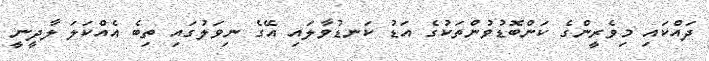
ދައްކައި މިވެރީންގެ ކަންބޮޑުވުންތަކުގެ އަޑު ކަނޑުވާލައި އޭގެ ނިވަލުގައި ތިބެ އެއްކަލަ ލާދީނީ